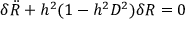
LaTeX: \delta { \ddot { R } } + h ^ { 2 } ( 1 - h ^ { 2 } D ^ { 2 } ) \delta R = 0